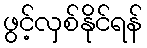
ဖွင့်လှစ်နိုင်ရန်